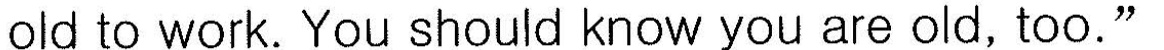
old to work. You should know you are old, too."